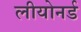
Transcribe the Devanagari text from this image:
लीयोनर्ड